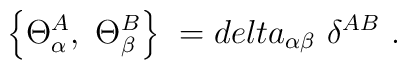
\left\{ \Theta_\alpha^A, \ \Theta_\beta^B\right\} \ = \\delta_{\alpha\beta} \ \delta^{AB} \ .